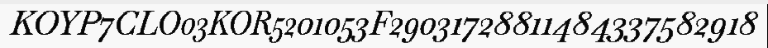
KOYP7CLO03KOR5201053F29031728811484337582918